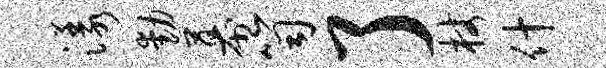
漾动幕笥了杖什